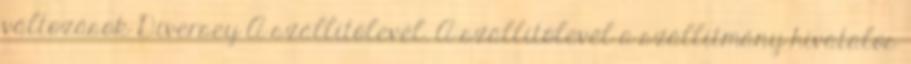
változások Diversey A szállítólevél. A szállítólevél a szállítmány hivatalos